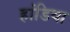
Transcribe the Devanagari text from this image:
हांडिया